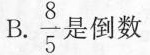
B. \frac{8}{5} 是倒数